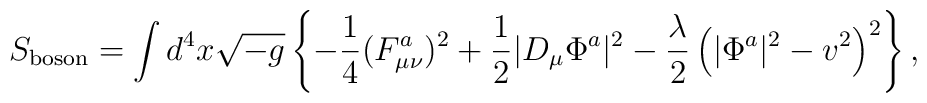
S_{{\rm boson}}=\int d^{4}x \sqrt{-g}\left \{-\frac{1}{4}(F_{\mu \nu}^{a})^{2}+\frac{1}{2}\vert D_{\mu}\Phi ^{a}\vert^{2}-\frac{\lambda}{2}\left (\vert \Phi ^{a}\vert ^{2}-v^{2}\right )^{2}\right \},